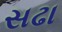
સઢા